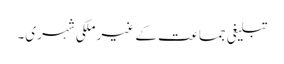
تبلیغی جماعت کے غیر ملکی شہری۔